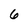
Character: 6